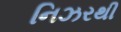
નિઝરથી